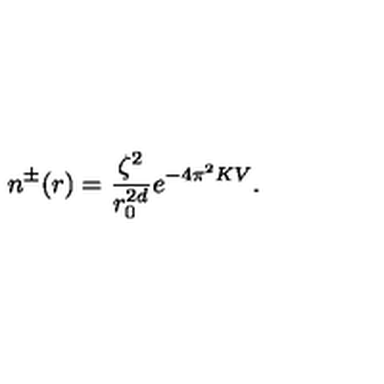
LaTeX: n ^ { \pm } ( r ) = \frac { \zeta ^ { 2 } } { r _ { 0 } ^ { 2 d } } e ^ { - 4 \pi ^ { 2 } K V } .